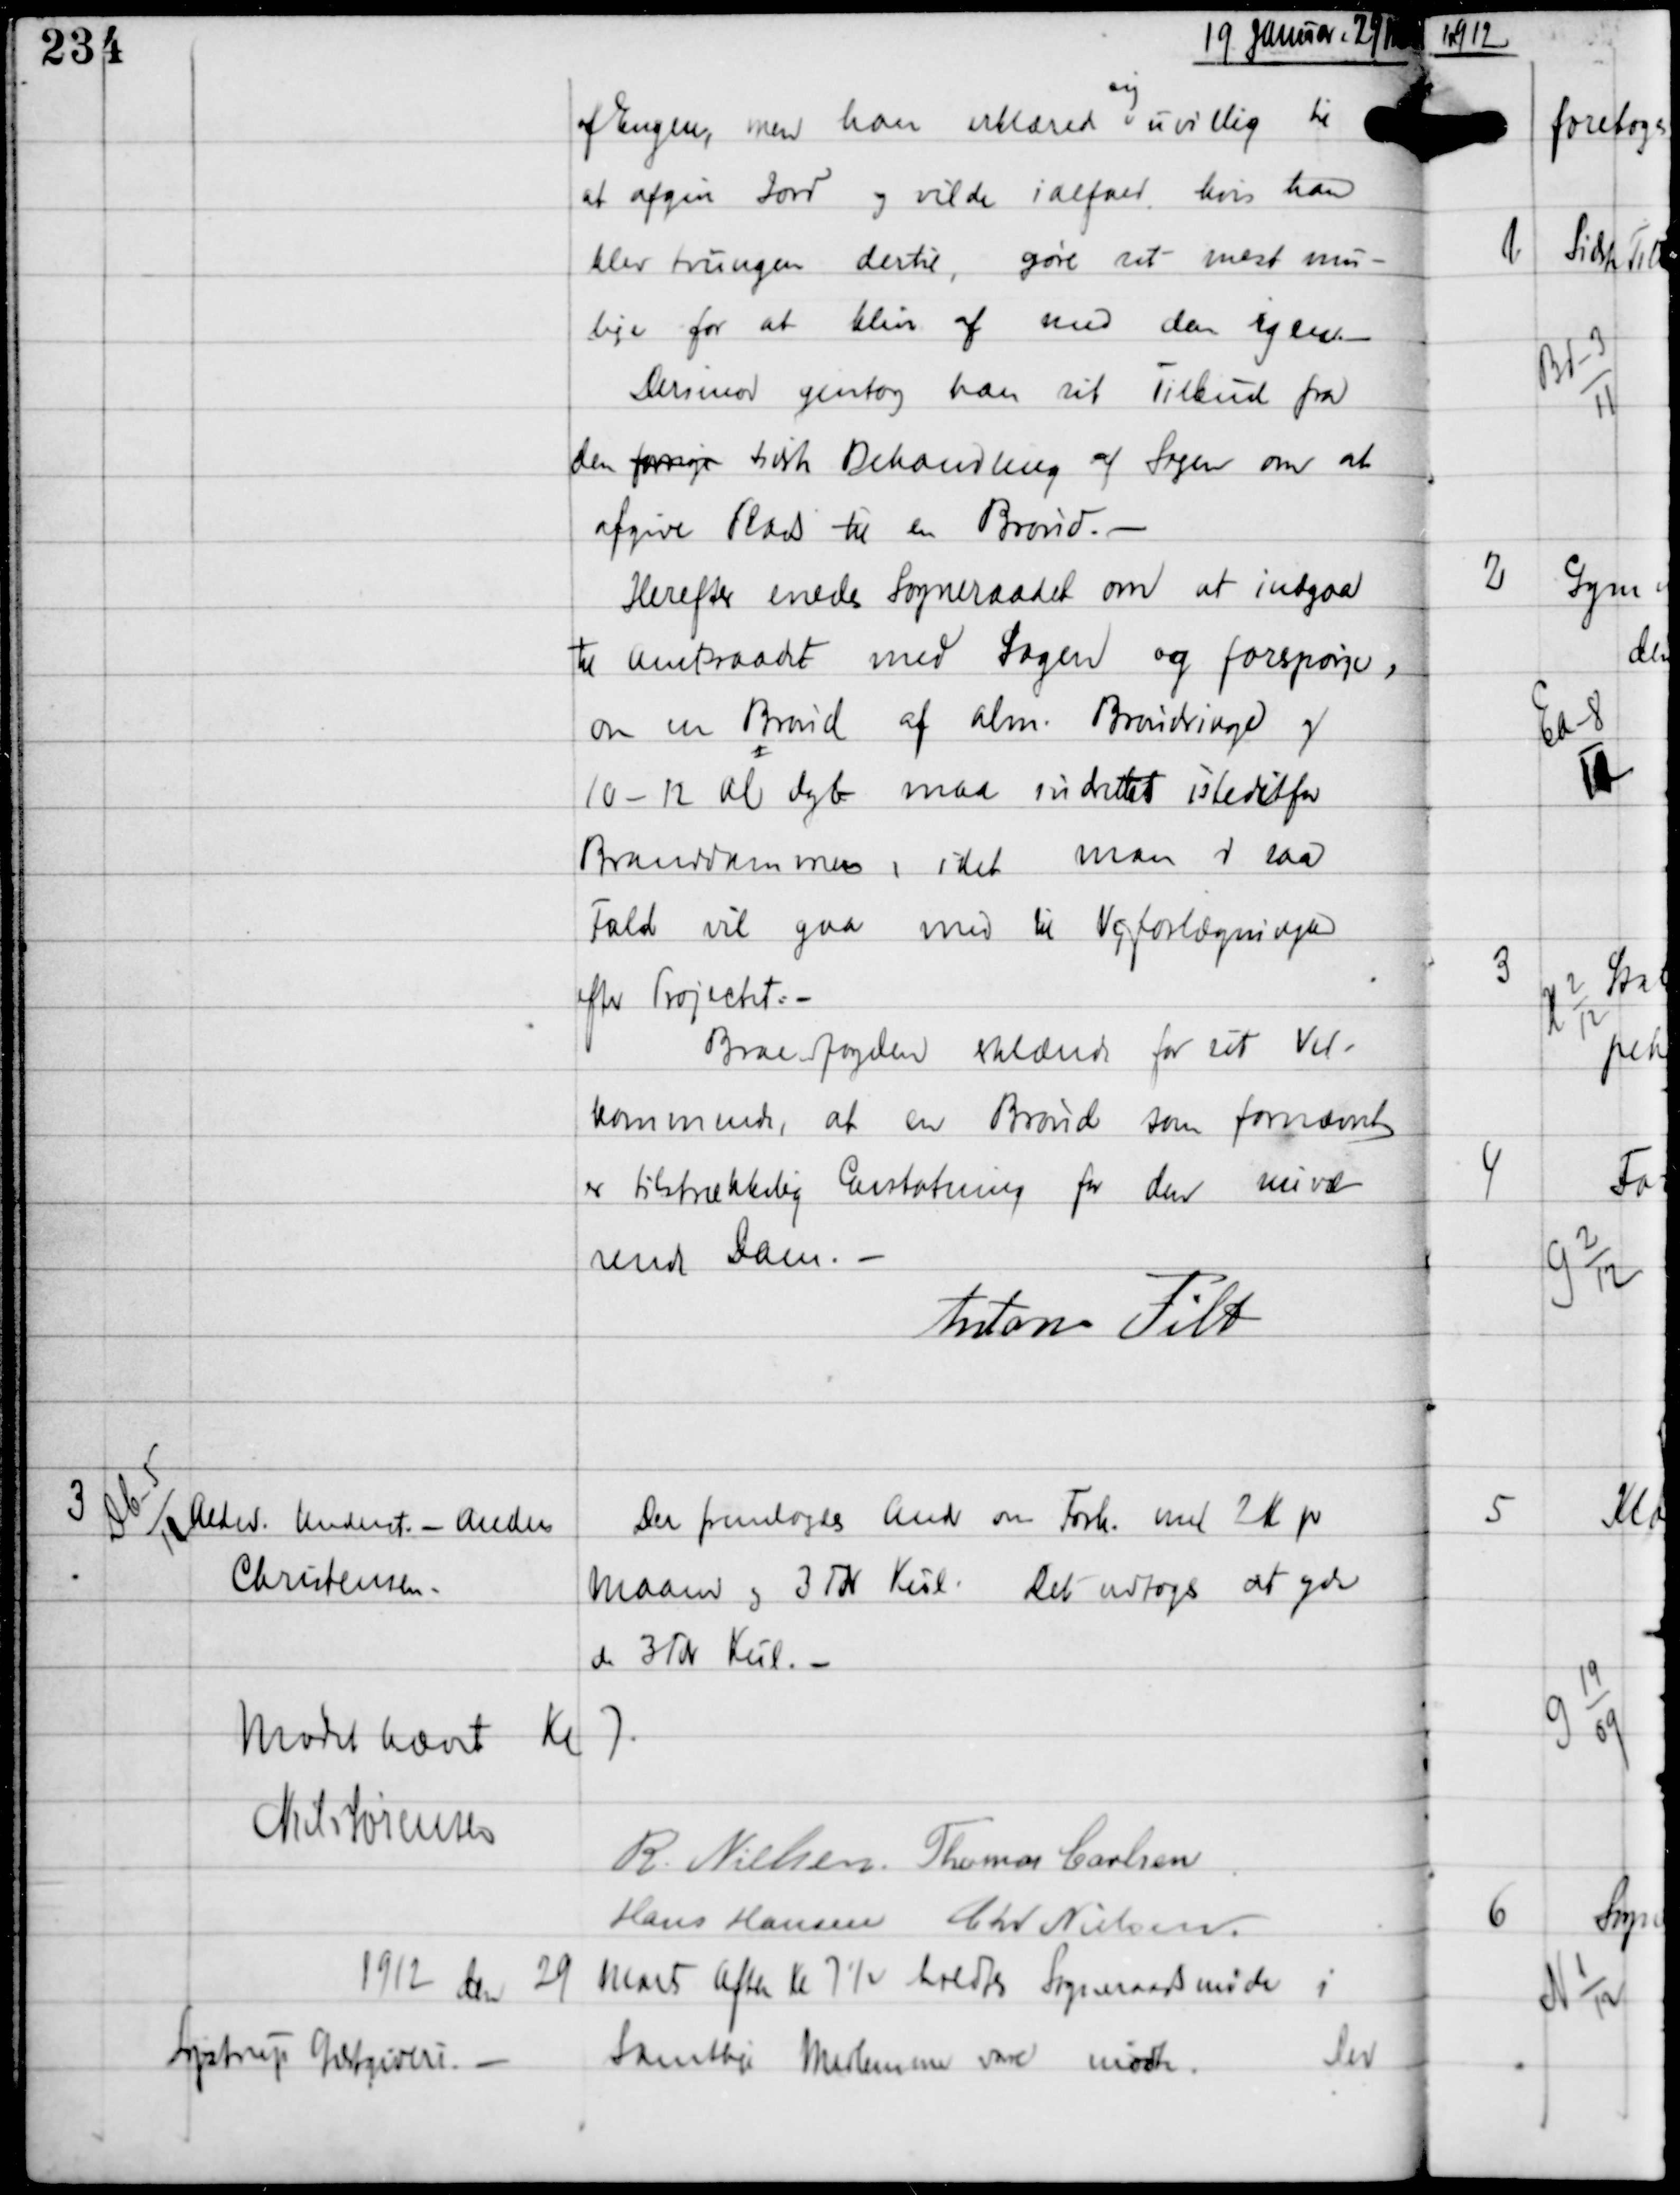
Transskription:
19 Januar 29 Mar

af Engen, men han erklærede
sig
uvillig til
at afgive Jord og vilde ialfald, hvis han
blev tvungen dertil, gøre det mest mu-
lige for at blive af med den igen. -
Derimod gentog han sit Tilbud fra
den forrige sidste Behandling af Sagen om at
afgive Plads til en Brønd. -
Herefter enedes Sogneraadet om at indgaa
til Amtsraadet med Sagen og forespørge,
om en Brønd af alm. Brøndringe og
10-12 al dyb maa indsættes istedetfor
Branddammen, idet man i saa
Fald vil gaa med til Vejforlægningen
efter Projectet. -
Brandfogden erklærede for sit Ved-
kommende, at en Brønd som fornævnt
er tilstrækkelig Erstatning for den nuvæ-
rende Dam. -
Anton Filt

3

Db-5
12

Alderd Underst - Anders
Christensen.

Der fremlagdes Andr om Forh. med 2 Kr pr
Maaned og 3 Tdr Kul. Det vedtoges at yde
de 3 Tdr Kul. -

Mødet hævet Kl 7
Niels Sørensen
R Nielsen Thomas Carlsen
Hans Hansen Chr Nielsen

1912 den 29 Marts Aften Kl 7½ holdtes Sogneraadsmøde i
Lystrup Gæstgiveri. -
Samtlige Medlemmer vare mødte
Der